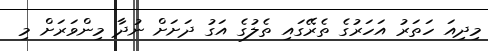
މިދިއަ ހަތަރު އަހަރުގެ ތެރޭގައި ތެލުގެ އަގު ދަށަށް ނުދާ މިންވަރަށް މި